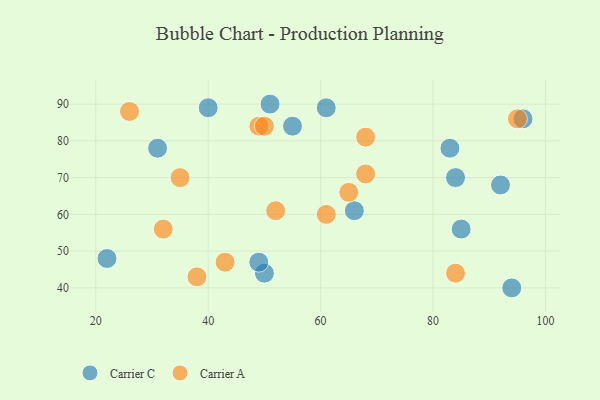
{"axis": {"x": "GDP", "y": "Life Expectancy"}, "legend": ["Carrier A", "Carrier C"], "data": [{"x": "85", "y": 56, "type": "Carrier C"}, {"x": "94", "y": 40, "type": "Carrier C"}, {"x": "84", "y": 70, "type": "Carrier C"}, {"x": "51", "y": 90, "type": "Carrier C"}, {"x": "50", "y": 44, "type": "Carrier C"}, {"x": "55", "y": 84, "type": "Carrier C"}, {"x": "22", "y": 48, "type": "Carrier C"}, {"x": "31", "y": 78, "type": "Carrier C"}, {"x": "83", "y": 78, "type": "Carrier C"}, {"x": "96", "y": 86, "type": "Carrier C"}, {"x": "40", "y": 89, "type": "Carrier C"}, {"x": "92", "y": 68, "type": "Carrier C"}, {"x": "49", "y": 47, "type": "Carrier C"}, {"x": "66", "y": 61, "type": "Carrier C"}, {"x": "61", "y": 89, "type": "Carrier C"}, {"x": "49", "y": 84, "type": "Carrier A"}, {"x": "52", "y": 61, "type": "Carrier A"}, {"x": "50", "y": 84, "type": "Carrier A"}, {"x": "26", "y": 88, "type": "Carrier A"}, {"x": "65", "y": 66, "type": "Carrier A"}, {"x": "35", "y": 70, "type": "Carrier A"}, {"x": "61", "y": 60, "type": "Carrier A"}, {"x": "38", "y": 43, "type": "Carrier A"}, {"x": "68", "y": 81, "type": "Carrier A"}, {"x": "68", "y": 71, "type": "Carrier A"}, {"x": "84", "y": 44, "type": "Carrier A"}, {"x": "43", "y": 47, "type": "Carrier A"}, {"x": "32", "y": 56, "type": "Carrier A"}, {"x": "95", "y": 86, "type": "Carrier A"}]}